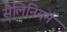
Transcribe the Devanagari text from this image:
सैलिनियम